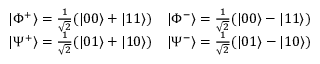
\begin{array} { l l } { \left| \Phi ^ { + } \right\rangle = \frac { 1 } { \sqrt { 2 } } ( | 0 0 \rangle + | 1 1 \rangle ) } & { \left| \Phi ^ { - } \right\rangle = \frac { 1 } { \sqrt { 2 } } ( | 0 0 \rangle - | 1 1 \rangle ) } \\ { \left| \Psi ^ { + } \right\rangle = \frac { 1 } { \sqrt { 2 } } ( | 0 1 \rangle + | 1 0 \rangle ) } & { \left| \Psi ^ { - } \right\rangle = \frac { 1 } { \sqrt { 2 } } ( | 0 1 \rangle - | 1 0 \rangle ) } \end{array}